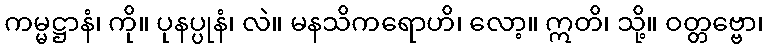
ကမ္မဋ္ဌာနံ၊ ကို။ ပုနပ္ပုနံ၊ လဲ။ မနသိကရောဟိ၊ လော့။ ဣတိ၊ သို့။ ဝတ္တဗ္ဗော၊